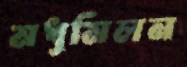
মধুমিলন